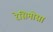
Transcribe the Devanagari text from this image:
रेसिमोसा